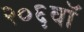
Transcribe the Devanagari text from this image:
२०६वॉ